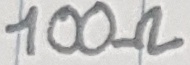
Text: 100Ω